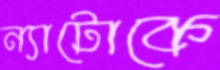
ন্যাটোকে